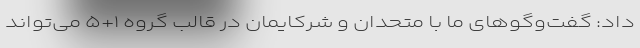
داد: گفت‌وگوهای ما با متحدان و شرکایمان در قالب گروه ۱+۵ می‌تواند